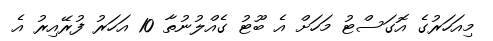
މިއަހަރުގެ އޮގަސްޓު މަހަށް އެ ބޫޓު ގެއްލުނުތާ 10 އަހަރު ފުރޭއިރު އެ